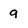
Character: 9